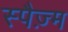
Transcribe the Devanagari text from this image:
स्पैज़्म